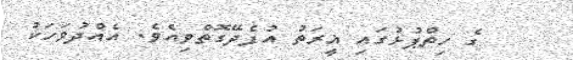
ގެ ހިތްޕުޅުގައި ޣީރަތު އުފެދޭގޮތްވިއެވެ. އެއްދުވަހަކު